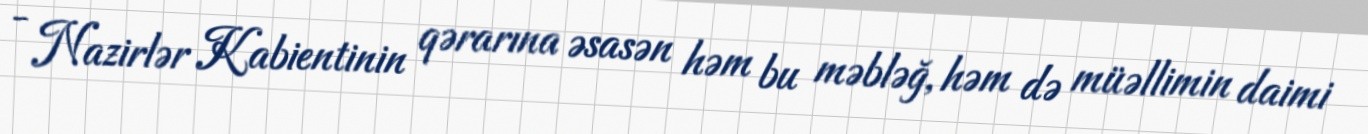
- Nazirlər Kabientinin qərarına əsasən həm bu məbləğ, həm də müəllimin daimi